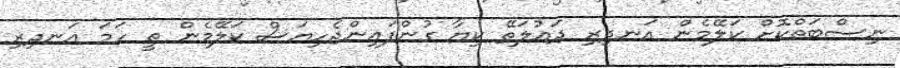
ނިސްބަތްކޮށް ކަލޭމެން އަނދިރި ދައުލަތޭ ކިޔާ ގުންފައިންޖެހިޔަސް ކަލޭމެން ތީ ހަމަ އަނދިރި